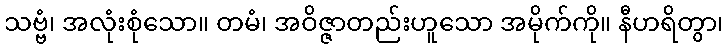
သဗ္ဗံ၊ အလုံးစုံသော။ တမံ၊ အဝိဇ္ဇာတည်းဟူသော အမိုက်ကို။ နီဟရိတွာ၊